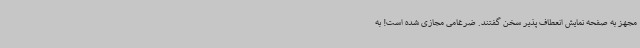
مجهز به صفحه نمایش انعطاف پذیر سخن گفتند. ضرغامی مجازی شده است! به